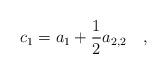
LaTeX: \begin{align*}c_1=a_1+\frac 12 a_{2,2}~~~,\end{align*}